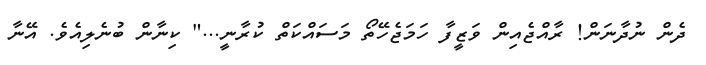
ދެން ނުދާނަން! ރާއްޖެއިން ވަޒީފާ ހަމަޖެހޭތޯ މަސައްކަތް ކުރާނީ..." ކިނާން ބުނެލިއެވެ. އޭނާ